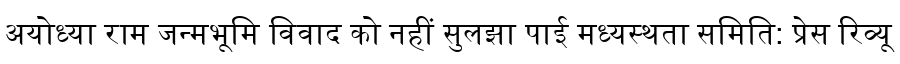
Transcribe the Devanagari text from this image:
अयोध्या राम जन्मभूमि विवाद को नहीं सुलझा पाई मध्यस्थता समिति: प्रेस रिव्यू